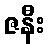
ဇနီး